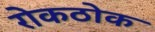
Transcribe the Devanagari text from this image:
रोकठोक